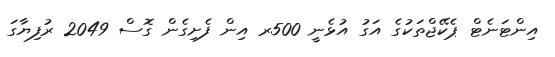
އިންޓަނެޓް ޕެކޭޖްތަކުގެ އަގު އުޅެނީ 500ރ އިން ފެށިގެން ގޮސް 2049 ރުފިޔާގަ